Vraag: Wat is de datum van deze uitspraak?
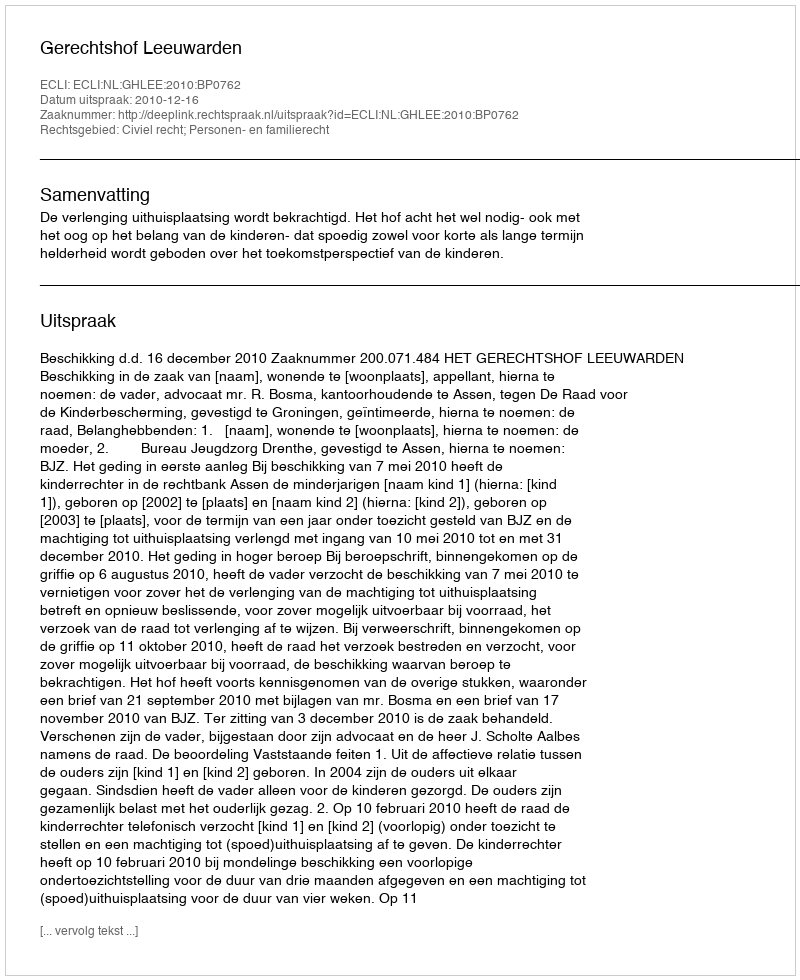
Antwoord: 2010-12-16